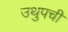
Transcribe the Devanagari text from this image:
उथुपची